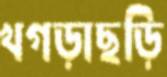
খগড়াছড়ি